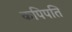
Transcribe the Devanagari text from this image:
कपिपति